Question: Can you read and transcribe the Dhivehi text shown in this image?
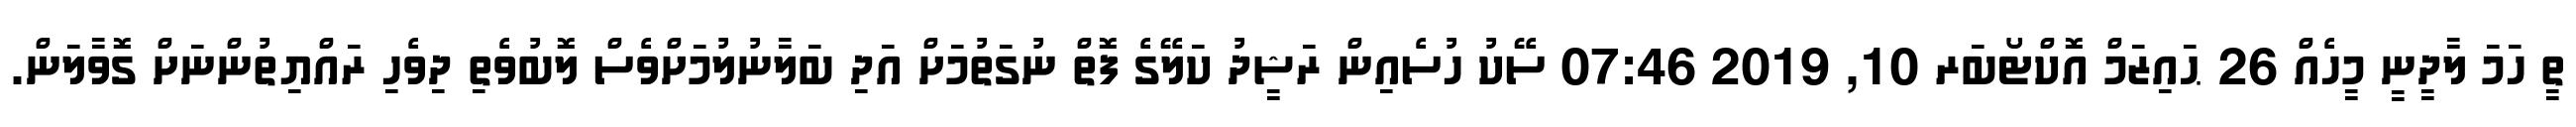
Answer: ތީ ހަމަ ލާދީނީ މީހެއް 26 ޙައިޒަމް އޮކްޓޯބަރ 10, 2019 07:46 ސޭކު ހުސެއިން ރަޝީދު ކަލޭގެ ފޮތް ނުގަތުމަށް އަދި ބަލާނުލުމަށްވެސް ލޮބުވެތި ދިވެހި ރައްޔިތުންނަށް ގޮވާލަން.